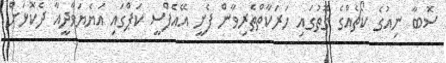
ސޮބާ ނިއުގެ ކޯޗެއްގެ ގޮތުގައި ހަރަކާތްތެރިވާން ފެށީ އޭއެފްސީ ކަޕްގައި އަޔެޔަވާދީއާ ދެކޮޅަށް